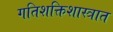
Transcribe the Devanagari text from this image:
गतिशक्तिशास्त्रात